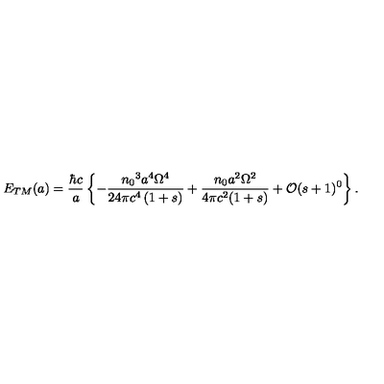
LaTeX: E _ { T M } ( a ) = \frac { \hbar c } { a } \left\{ - \frac { { n _ { 0 } } ^ { 3 } a ^ { 4 } { \Omega } ^ { 4 } } { 2 4 \pi c ^ { 4 } \left( 1 + s \right) } + \frac { n _ { 0 } a ^ { 2 } \Omega ^ { 2 } } { 4 \pi c ^ { 2 } ( 1 + s ) } + \mathcal { O } ( s + 1 ) ^ { 0 } \right\} .